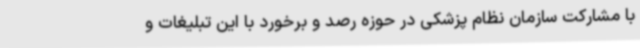
با مشارکت سازمان نظام پزشکی در حوزه رصد و برخورد با این تبلیغات و